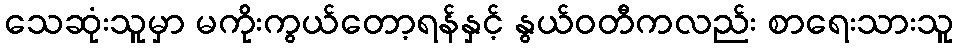
သေဆုံးသူမှာ မကိုးကွယ်တော့ရန်နှင့် နွယ်ဝတီကလည်း စာရေးသားသူ